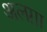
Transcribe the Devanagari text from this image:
अलग़ा